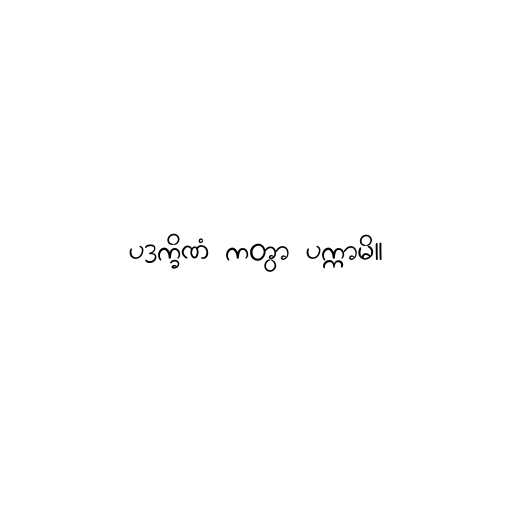
ပဒက္ခိဏံ ကတွာ ပက္ကာမိ။